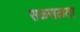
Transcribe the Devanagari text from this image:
सळसळता